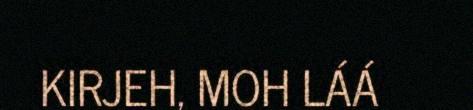
KIRJEH, MOH LÁÁ